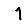
Digit: 1